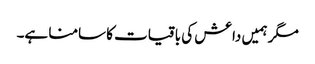
مگر ہمیں داعش کی باقیات کا سامنا ہے۔